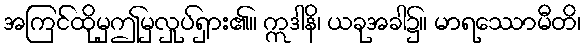
အကြင်ထိုမှဤမှလှုပ်ရှား၏။ ဣဒါနိ၊ ယခုအခါ၌။ မာရဿောမီတိ၊